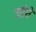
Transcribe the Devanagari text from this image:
जांघें